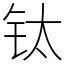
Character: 钛